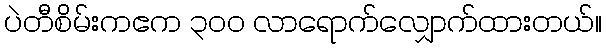
ပဲတီစိမ်းကဧက ၃ဝဝ လာရောက်လျှောက်ထားတယ်။